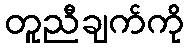
တူညီချက်ကို